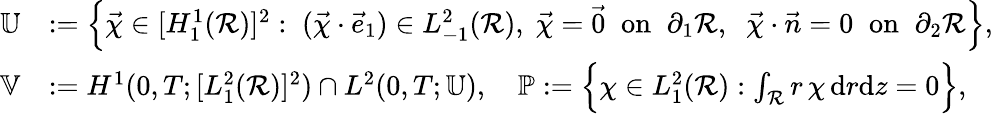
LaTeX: \begin{array}{rl}{\mathbb{U}}&{:=\left\{ \vec{\chi}\in[H_{1}^{1}(\mathcal{R})]^{2}:\; (\vec{\chi}\cdot\vec{e}_{1})\in L_{-1}^{2}(\mathcal{R}),\; \vec{\chi}=\vec{0}\; \; \mathrm{on}\; \; \partial_{1}\mathcal{R},\; \; \vec{\chi}\cdot\vec{n}=0\; \; \mathrm{on}\; \; \partial_{2}\mathcal{R}\right\} ,}\\ {\mathbb{V}}&{:=H^{1}(0,T;[L_{1}^{2}(\mathcal{R})]^{2})\cap L^{2}(0,T;\mathbb{U}),\quad\mathbb{P}:=\Bigl\{ \chi\in L_{1}^{2}(\mathcal{R}):\int_{\mathcal{R}}r\, \chi\, \mathrm{d}r\mathrm{d}z=0\Bigr\} ,}\end{array}